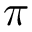
\pi